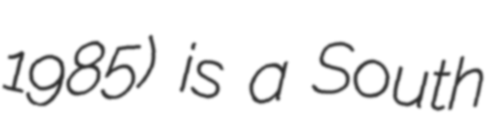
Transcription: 1985) is a South